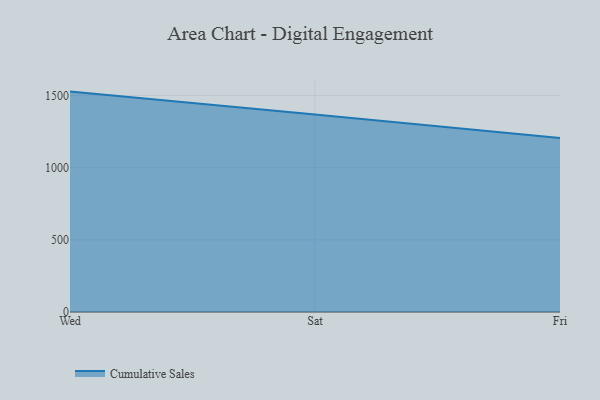
{"axis": {"x": "Day", "y": "Inventory Turnover"}, "legend": ["Cumulative Sales"], "data": [{"x": "Wed", "y": 1526.7, "type": "Cumulative Sales"}, {"x": "Sat", "y": 1368.3, "type": "Cumulative Sales"}, {"x": "Fri", "y": 1204.6, "type": "Cumulative Sales"}]}